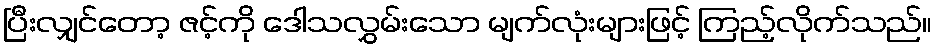
ပြီးလျှင်တော့ ဇင့်ကို ဒေါသလွှမ်းသော မျက်လုံးများဖြင့် ကြည့်လိုက်သည်။